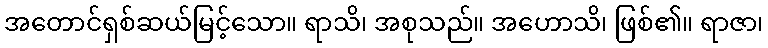
အတောင်ရှစ်ဆယ်မြင့်သော။ ရာသိ၊ အစုသည်။ အဟောသိ၊ ဖြစ်၏။ ရာဇာ၊